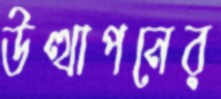
উত্থাপনের